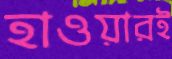
হাওয়ারই